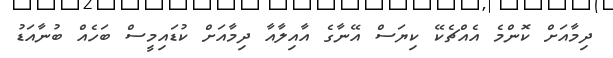
ދިމާއަށް ކޮންމެ އެއްޗެކޭ ކިޔަސް އޭނާގެ އާއިލާއާ ދިމާއަށް ކުޑައިމީސް ބަހެއް ބުނާއަޑު